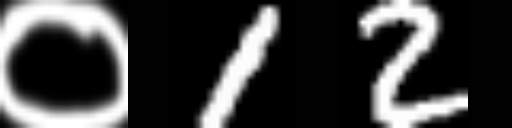
Text: ०12